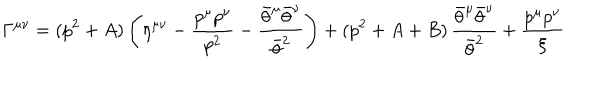
LaTeX: \Gamma ^ { \mu \nu } = ( p ^ { 2 } + A ) \left( \eta ^ { \mu \nu } - { \frac { p ^ { \mu } p ^ { \nu } } { p ^ { 2 } } } - { \frac { \bar { \theta } ^ { \mu } \bar { \theta } ^ { \nu } } { \bar { \theta } ^ { 2 } } } \right) + ( p ^ { 2 } + A + B ) \, { \frac { \bar { \theta } ^ { \mu } \bar { \theta } ^ { \nu } } { \bar { \theta } ^ { 2 } } } + { \frac { p ^ { \mu } p ^ { \nu } } { \xi } }